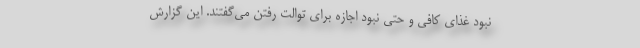
نبود غذای کافی و حتی نبود اجازه برای توالت رفتن می‌گفتند. این گزارش